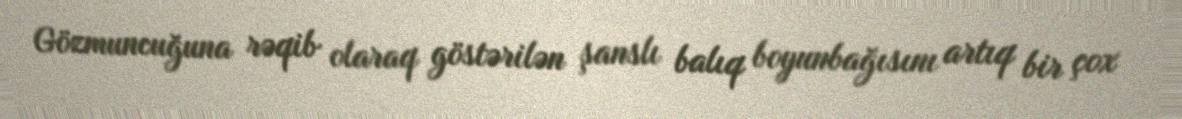
Gözmuncuğuna rəqib olaraq göstərilən şanslı balıq boyunbağısını artıq bir çox